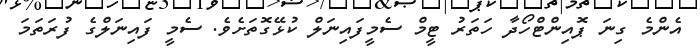
އެންމެ ގިނަ ޕޮއިންޓްހޯދާ ހަތަރު ޓީމް ސެމީފައިނަލް ކުޅޭގޮތަށެވެ. ސެމީ ފައިނަލްގެ ފުރަތަމަ